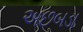
અછબડા